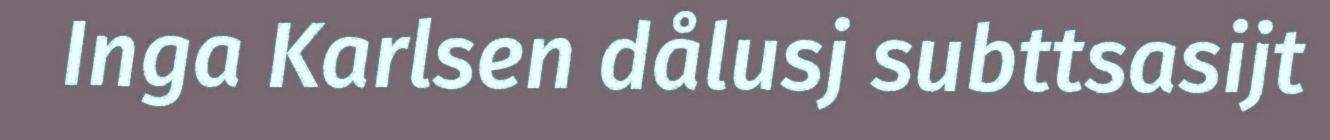
Inga Karlsen dålusj subttsasijt